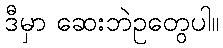
ဒီမှာ ဆေးဘဲဥတွေပါ။